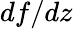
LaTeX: df/dz